Calcutta medical institutions reports 1892-1900
Year: 1892
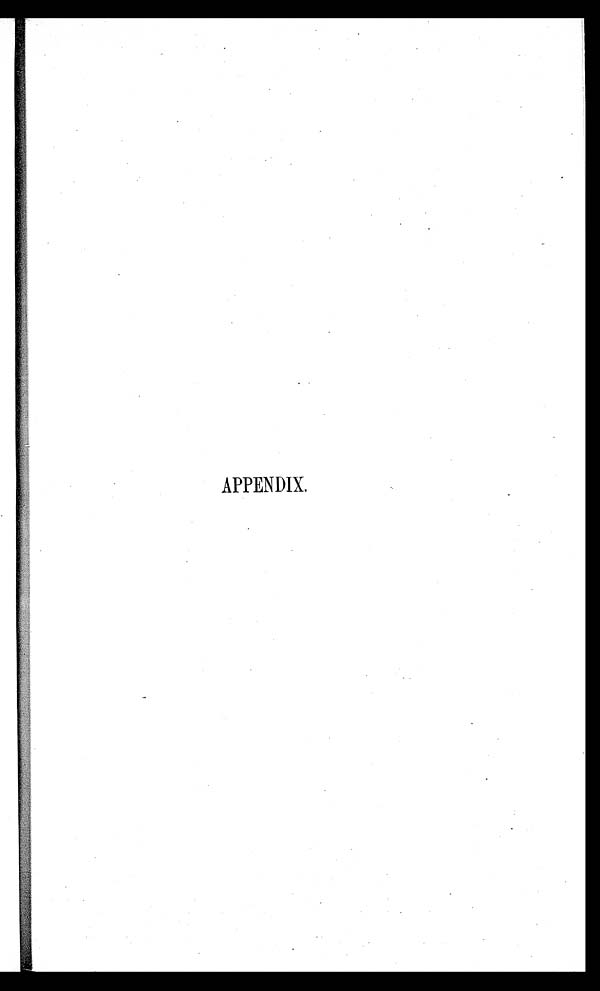
APPENDIX.